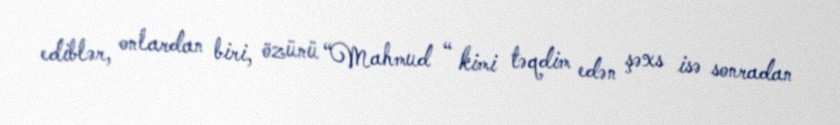
ediblər, onlardan biri, özünü “Mahmud “ kimi təqdim edən şəxs isə sonradan